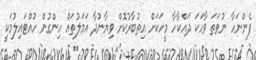
ފެންނަހާ ނުވަތަ ވާހަކަ ދައްކާހާ މީހަކަށް އިތުބާރުކޮށް ވިޔާނުދާ އަމަލުތައް ހިންގުން ހުއްޓައިލުމަކީ